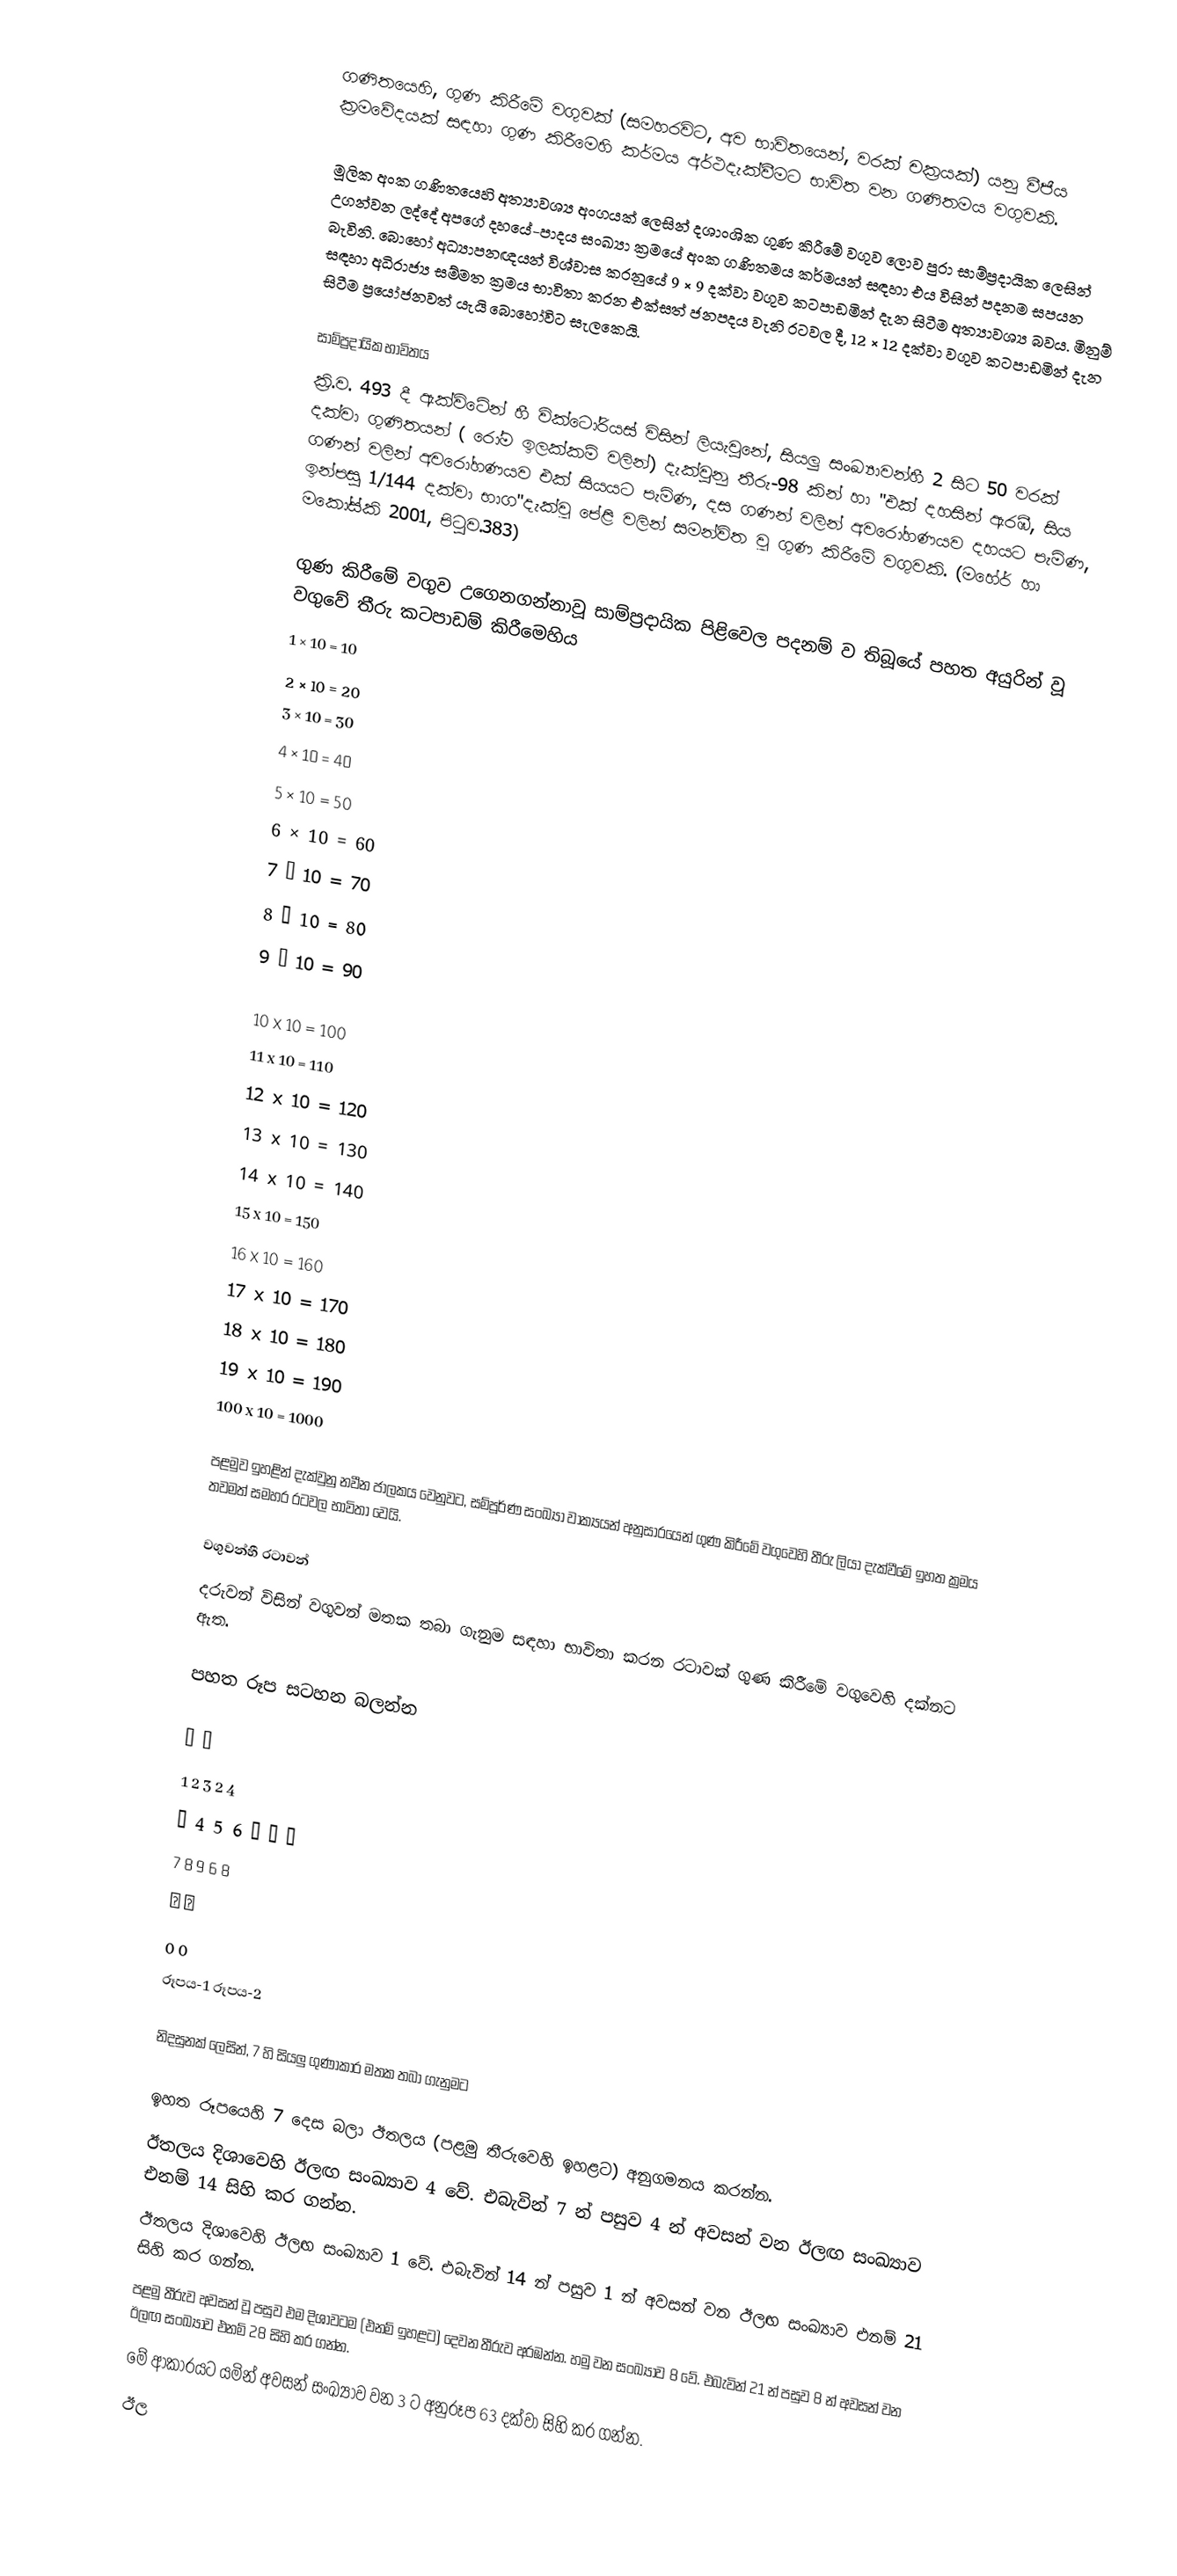
ගණිතයෙහි, ගුණ කිරීමේ වගුවක් (සමහරවිට, අව භාවිතයෙන්, වරක් චක්‍රයක්) යනු වීජීය ක්‍රමවේදයක් සඳහා ගුණ කිරීමෙහි කර්මය අර්ථදැක්වීමට භාවිත වන ගණිතමය වගුවකි.

මූලික අංක ගණිතයෙහි අත්‍යාවශ්‍ය අංගයක් ලෙසින් දශාංශික ගුණ කිරීමේ වගුව ලොව පුරා සාම්ප්‍රදායික ලෙසින් උගන්වන ලද්දේ අපගේ දහයේ-පාදය සංඛ්‍යා ක්‍රමයේ අංක ගණිතමය කර්මයන් සඳහා එය විසින් පදනම සපයන බැවිනි. බොහෝ අධ්‍යාපනඥයන් විශ්වාස කරනුයේ 9 × 9 දක්වා වගුව කටපාඩමින් දැන සිටීම අත්‍යාවශ්‍ය බවය. මිනුම් සඳහා අධිරාජ්‍ය සම්මත ක්‍රමය භාවිතා කරන එක්සත් ජනපදය වැනි රටවල දී, 12 × 12 දක්වා වගුව කටපාඩමින් දැන සිටීම ප්‍රයෝජනවත් යැයි බොහෝවිට සැලකෙයි.

සාම්ප්‍රදායික භාවිතය
ක්‍රි.ව. 493 දී ඇක්විටේන් හී වික්ටෝරියස් විසින් ලියැවුනේ, සියලු සංඛ්‍යාවන්හී 2 සිට 50 වරක් දක්වා ගුණිතයන් ( රෝම ඉලක්කම් වලින්) දැක්වුනු තීරු-98 කින් හා "එක් දහසින් ඇරඹී, සිය ගණන් වලින් අවරෝහණයව එක් සියයට පැමිණ, දස ගණන් වලින් අවරෝහණයව දහයට පැමිණ, ඉන්පසු 1/144 දක්වා භාග"දැක්වූ පේළි වලින් සමන්විත වූ ගුණ කිරීමේ වගුවකි. (මහේර් හා මකෝස්කි 2001, පිටුව.383)

ගුණ කිරීමේ වගුව උගෙනගන්නාවූ සාම්ප්‍රදායික පිළිවෙල පදනම් ව තිබූයේ පහත අයුරින් වූ වගුවේ තීරු කටපාඩම් කිරීමෙහිය
   1 × 10 = 10
   2 × 10 = 20
   3 × 10 = 30
   4 × 10 = 40
   5 × 10 = 50
   6 × 10 = 60
   7 × 10 = 70
   8 × 10 = 80
   9 × 10 = 90

  10 x 10 = 100
  11 x 10 = 110
  12 x 10 = 120
  13 x 10 = 130
  14 x 10 = 140
  15 x 10 = 150
  16 x 10 = 160
  17 x 10 = 170
  18 x 10 = 180
  19 x 10 = 190
  100 x 10 = 1000

පළමුව ඉහළින් දැක්වුනු නවීන ජාලකය වෙනුවට, සම්පූර්ණ සංඛ්‍යා වාක්‍යයන් අනුසාරයෙන් ගුණ කිරීමේ වගුවෙහි තීරු ලියා දැක්වීමේ ඉහත ක්‍රමය තවමත් සමහර රටවල භාවිතා වෙයි.

වගුවන්හී රටාවන්
දරුවන් විසින් වගුවන් මතක තබා ගැනුම සඳහා භාවිතා කරන රටාවක් ගුණ කිරීමේ වගුවෙහි දක්නට ඇත.

පහත රූප සටහන බලන්න

     →                 →
   1 2 3             2   4
 ↑ 4 5 6 ↓         ↑       ↓
   7 8 9             6   8
     ←                 ←
     0                 0
   රූපය-1             රූපය-2

නිදසුනක් ලෙසින්, 7 හි සියලු ගුණාකාර මතක තබා ගැනුමට

 ඉහත රූපයෙහි 7 දෙස බලා ඊතලය (පළමු තීරුවෙහි ඉහළට) අනුගමනය කරන්න.
 ඊතලය දිශාවෙහි ඊලඟ සංඛ්‍යාව 4 වේ. එබැවින් 7 න් පසුව 4 න් අවසන් වන ඊලඟ සංඛ්‍යාව එනම් 14 සිහි කර ගන්න.
 ඊතලය දිශාවෙහි ඊලඟ සංඛ්‍යාව 1 වේ. එබැවින් 14 න් පසුව 1 න් අවසන් වන ඊලඟ සංඛ්‍යාව එනම් 21 සිහි කර ගන්න.
 පළමු තීරුව අවසන් වූ පසුව එම දිශාවටම (එනම් ඉහළට) දෙවන තීරුව අරඹන්න. හමු වන සංඛ්‍යාව 8 වේ. එබැවින් 21 න් පසුව 8 න් අවසන් වන ඊලඟ සංඛ්‍යාව එනම් 28 සිහි කර ගන්න.
 මේ ආකාරයට යමින් අවසන් සංඛ්‍යාව වන 3 ට අනුරූප 63 දක්වා සිහි කර ගන්න.
 ඊල